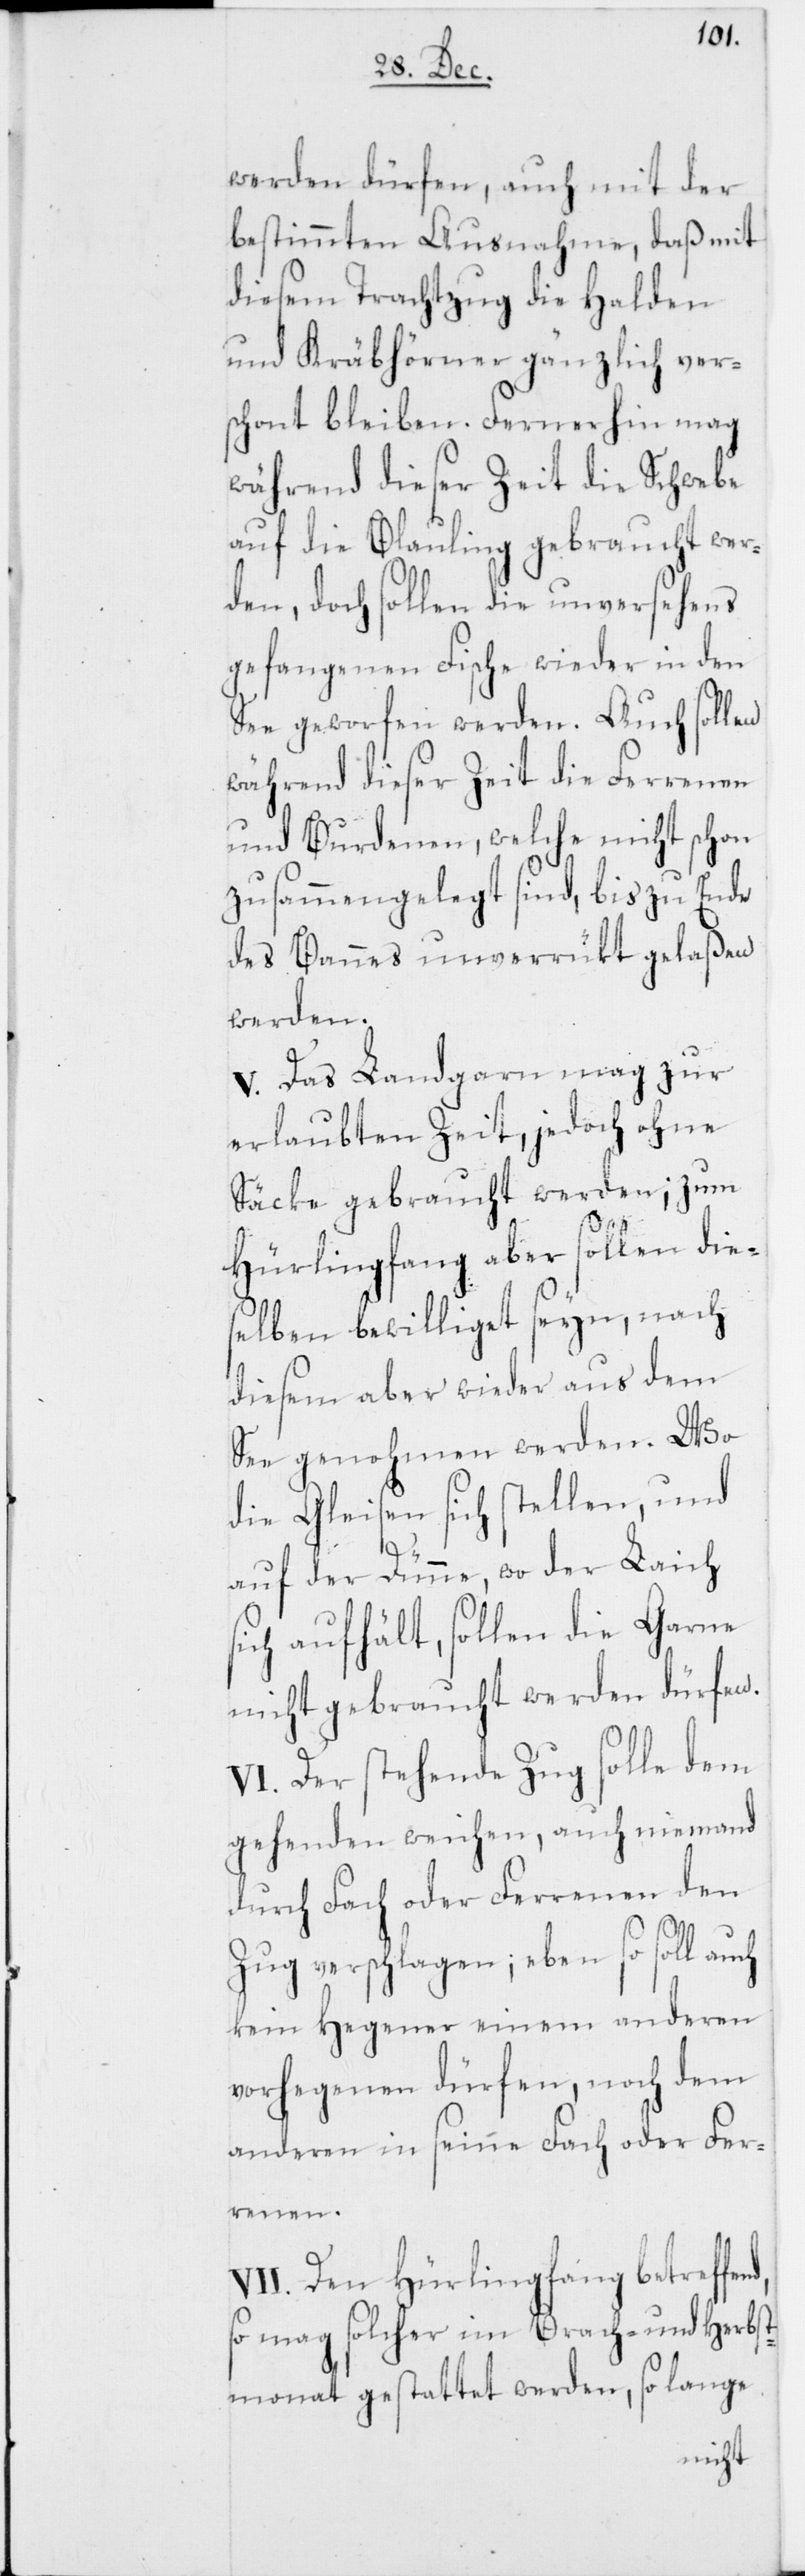
werden dürfen, auch mit der
bestimmten Ausnahme, daß mit
diesem Trachtzug die Halden
und Kräbhörner gänzlich ver¬
schont bleiben. Fernerhin mag
während dieser Zeit die Schwebe
auf die Blauling gebraucht wer¬
den, doch sollen die unversehens
gefangenen Fische wieder in den
See geworfen werden. Auch sol¬
während dieser Zeit die Ferrenen
und Burdenen, welche nicht schon
zusammengelegt sind, bis zu Ende
des Bannes unverrükt gelaßen
werden.
V. Das Landgarn mag zur
erlaubten Zeit, jedoch ohne
Säcke gebraucht werden; zum
Hürlingfang aber sollen die¬
selben bewilliget seyn, nach
diesem aber wieder aus dem
See genohmen werden. Wo
die Gleisen sich stellen, und
nd,
auf der Dünne, wo der Laich
sich aufhält, sollen die Garne
nicht gebraucht werden dürfen.
dem
VI. Der stehende Zug
gehenden weichen, auch niemand
den
durch Fach oder Fer¬
Zug verschlagen; eben so soll
kein Hegener einem anderen
vorhegenen dürfen, noch dem
anderen in seine Fach oder Fer¬
renen.
VII. Den Hürlingfang betreffe¬
so mag solcher im Brach- und Herb¬
stmonat gestattet werden, so lange